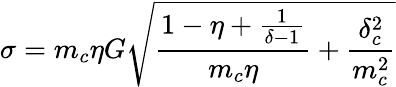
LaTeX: \sigma=m_{c}\eta G\sqrt{\frac{1-\eta+\frac{1}{\delta-1}}{m_{c}\eta}+\frac{\delta_{c}^{2}}{m_{c}^{2}}}